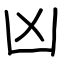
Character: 凶